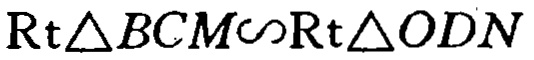
\(Rt\triangle BCM\sim Rt\triangle ODN\)